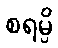
စရမ္ပိ